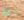
ربع